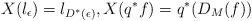
LaTeX: \begin{align*} X(l_\epsilon) = l_{D^*(\epsilon)} , X(q^*f) = q^*(D_M(f))\end{align*}